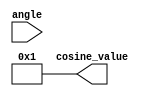
module CosineCalculator (
    input wire [15:0] angle,          // Input angle in fixed-point format (16 bits)
    output reg [15:0] cosine_value     // Output cosine value in fixed-point format (16 bits)
);

    // Constants for fixed-point representation
    parameter PI = 16'h3243;          //  in fixed-point (16.16 format)
    parameter TWO_PI = 16'h6487;      // 2 in fixed-point (16.16 format)
    parameter FACTORIAL_0 = 16'h0001; // 0! = 1
    parameter FACTORIAL_1 = 16'h0001; // 1! = 1
    parameter FACTORIAL_2 = 16'h0002; // 2! = 2
    parameter FACTORIAL_3 = 16'h0006; // 3! = 6
    parameter FACTORIAL_4 = 16'h0012; // 4! = 24
    parameter FACTORIAL_5 = 16'h0024; // 5! = 120
    parameter FACTORIAL_6 = 16'h0048; // 6! = 720

    // Internal registers
    reg [15:0] x;                     // Normalized angle
    reg [15:0] x_squared;             // x^2
    reg [15:0] term;                  // Current term in the Taylor series
    reg [15:0] sum;                   // Accumulated sum for cosine value
    integer i;

    // Normalize angle to [0, 2]
    always @(*) begin
        x = angle % TWO_PI;
        if (x > PI) begin
            x = x - TWO_PI;            // Adjust to the range [-, ]
        end
    end

    // Compute cosine using Taylor series
    always @(*) begin
        sum = 16'h0001;                // Initialize sum to 1 (cos(0) = 1)
        x_squared = (x * x) >> 16;    // Calculate x^2 (shift right for fixed-point)

        term = sum;                    // Start with the first term (1)
        
        // Taylor series expansion: cos(x) = 1 - x^2/2! + x^4/4! - x^6/6! + ...
        for (i = 1; i <= 6; i = i + 1) begin
            if (i % 2 == 1) begin
                term = -((term * x_squared) / (i * (i + 1))); // Odd terms are negative
            end else begin
                term = (term * x_squared) / (i * (i + 1));      // Even terms are positive
            end
            sum = sum + term;            // Accumulate the result
        end

        cosine_value = sum;             // Assign the final cosine value
    end

endmodule